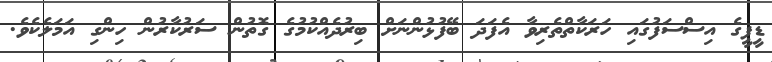
ޑީޕީގެ އިސްސަފުގައި ހަރަކާތްތެރިވާ އެފަދަ ބޭފުޅުންނަށް ބިރުދެއްކުމުގެ ގޮތުން ސަރުކާރުން ހިންގި އަމަލެކެވެ.